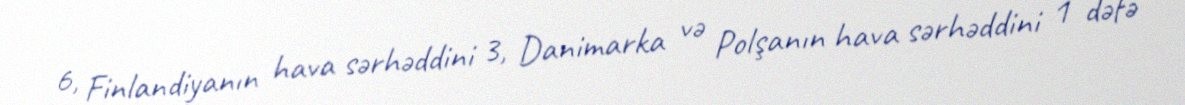
6, Finlandiyanın hava sərhəddini 3, Danimarka və Polşanın hava sərhəddini 1 dəfə